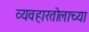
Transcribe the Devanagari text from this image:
व्यवहारतोलाच्या